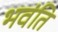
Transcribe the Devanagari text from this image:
भवंति